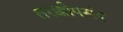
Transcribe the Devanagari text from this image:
तरक्कीपसंद